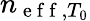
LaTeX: n_{\mathrm{~e~f~f~},T_{0}}